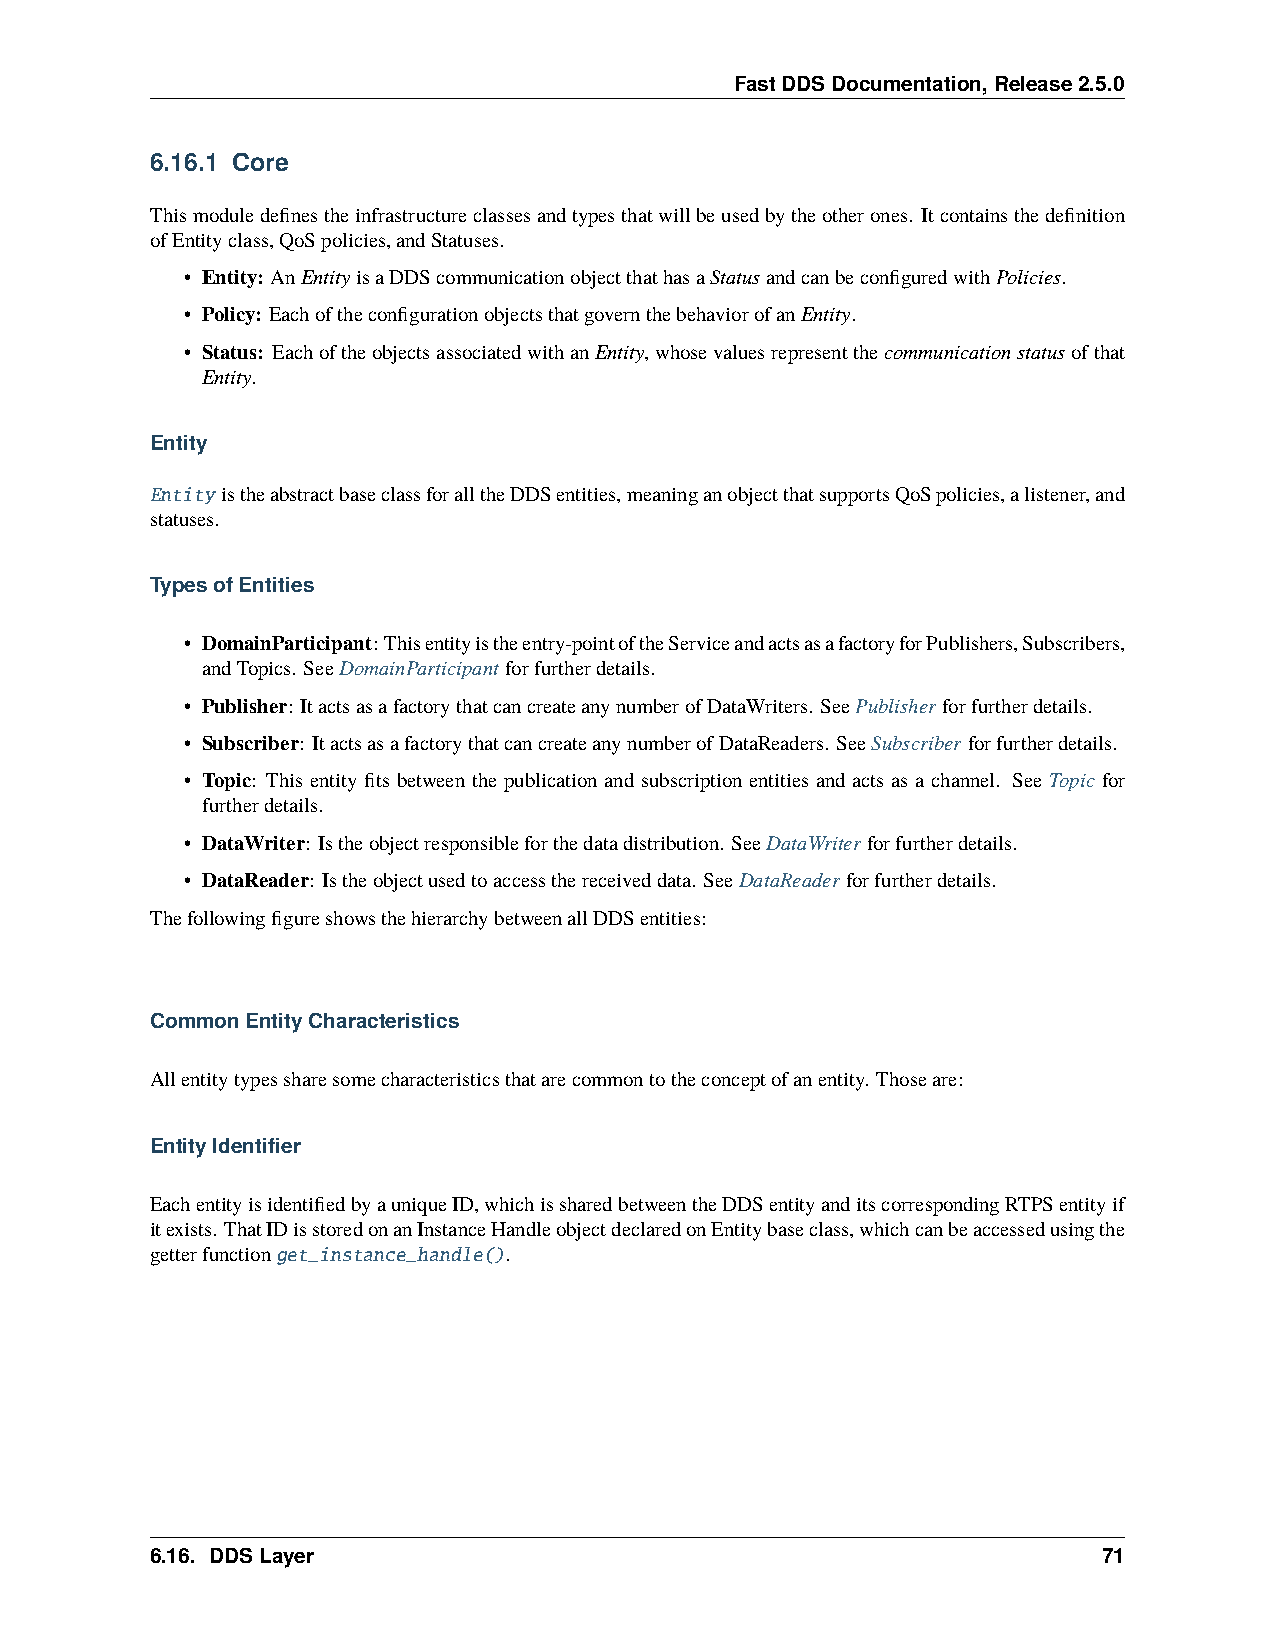
FastDDSDocumentation,Release2.5.0
 6.16.1 Core
 Thismoduledefinestheinfrastructureclassesandtypesthatwillbeusedbytheotherones. Itcontainsthedefinition
 ofEntityclass,QoSpolicies,andStatuses.
 • Entity: AnEntityisaDDScommunicationobjectthathasaStatusandcanbeconfiguredwithPolicies.
 • Policy: EachoftheconfigurationobjectsthatgovernthebehaviorofanEntity.
 • Status: EachoftheobjectsassociatedwithanEntity,whosevaluesrepresentthecommunicationstatusofthat
 Entity.
 Entity
 EntityistheabstractbaseclassforalltheDDSentities,meaninganobjectthatsupportsQoSpolicies,alistener,and
 statuses.
 TypesofEntities
 • DomainParticipant:Thisentityistheentry-pointoftheServiceandactsasafactoryforPublishers,Subscribers,
 andTopics. SeeDomainParticipantforfurtherdetails.
 • Publisher: ItactsasafactorythatcancreateanynumberofDataWriters. SeePublisherforfurtherdetails.
 • Subscriber: ItactsasafactorythatcancreateanynumberofDataReaders. SeeSubscriberforfurtherdetails.
 • Topic: This entity fits between the publication and subscription entities and acts as a channel. See Topic for
 furtherdetails.
 • DataWriter: Istheobjectresponsibleforthedatadistribution. SeeDataWriterforfurtherdetails.
 • DataReader: Istheobjectusedtoaccessthereceiveddata. SeeDataReaderforfurtherdetails.
 ThefollowingfigureshowsthehierarchybetweenallDDSentities:
 CommonEntityCharacteristics
 Allentitytypessharesomecharacteristicsthatarecommontotheconceptofanentity. Thoseare:
 EntityIdentifier
 EachentityisidentifiedbyauniqueID,whichissharedbetweentheDDSentityanditscorrespondingRTPSentityif
 itexists. ThatIDisstoredonanInstanceHandleobjectdeclaredonEntitybaseclass,whichcanbeaccessedusingthe
 getterfunctionget_instance_handle().
 6.16. DDSLayer                                                 71